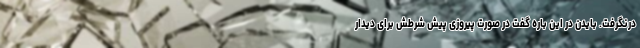
درنگرفت. بایدن در این باره گفت در صورت پیروزی پیش شرطش برای دیدار